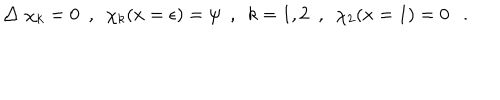
\bigtriangleup \chi _ { k } = 0 ~ ~ , ~ ~ \chi _ { k } ( x = \epsilon ) = \psi ~ ~ , { } ~ ~ k = 1 , 2 ~ ~ , ~ ~ \chi _ { 2 } ( x = 1 ) = 0 .